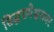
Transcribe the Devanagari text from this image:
सिद्धरामेश्वरावर